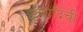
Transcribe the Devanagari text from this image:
इत्यादिंची